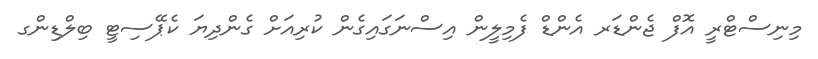
މިނިސްޓްރީ އޮފް ޖެންޑަރ އެންޑް ފެމިލީން އިސްނަގައިގެން ކުރިއަށް ގެންދިޔަ ކެޕޭސިޓީ ބިލްޑިންގ